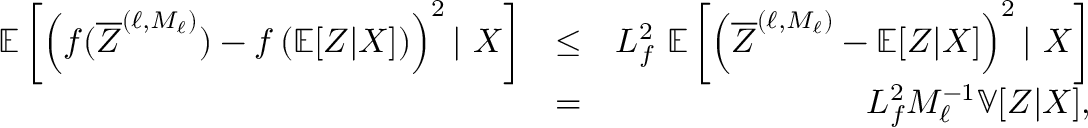
\begin{array} { r l r } { { \mathbb { E } } \left[ \left( f ( { \overline { { Z } } } ^ { ( \ell , M _ { \ell } ) } ) - f \left( { \mathbb { E } } [ Z | X ] \right) \right) ^ { 2 } | \ X \right] } & { \leq } & { L _ { f } ^ { 2 } \ { \mathbb { E } } \left[ \left( { \overline { { Z } } } ^ { ( \ell , M _ { \ell } ) } - { \mathbb { E } } [ Z | X ] \right) ^ { 2 } | \ X \right] } \\ & { = } & { L _ { f } ^ { 2 } M _ { \ell } ^ { - 1 } { \mathbb { V } } [ Z | X ] , } \end{array}